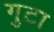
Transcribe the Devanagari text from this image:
गुटा